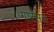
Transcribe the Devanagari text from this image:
गोरसच